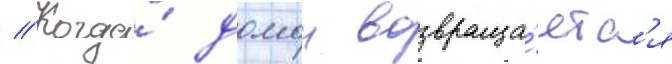
// Когда́ домои возвраща́етс'я